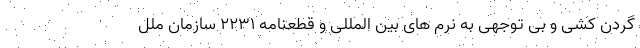
گردن کشی و بی توجهی به نرم های بین المللی و قطعنامه ۲۲۳۱ سازمان ملل